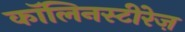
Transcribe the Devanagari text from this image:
कॉलिनस्टीरेज़